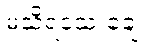
မသိရသေးချေ